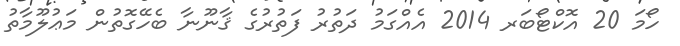
ހޯމަ 20 އޮކްޓޯބަރ 2014 އެއްގަމު ދަތުރު ފަތުރުގެ ޤާނޫނާ ބެހޭގޮތުން މަޢުލޫމާތު